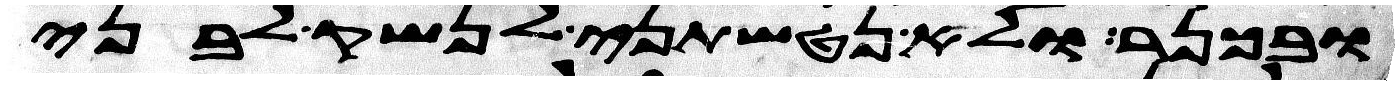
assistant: ובכנר ולא נטשתני לנשק לבני